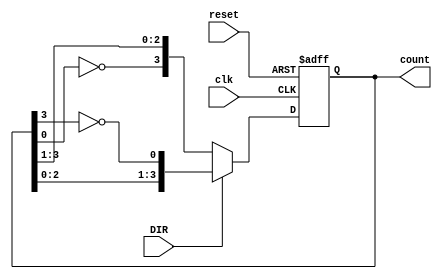
module Bidirectional_Johnson_Counter #(
    parameter N = 4 // Number of flip-flops
)(
    input wire clk,          // Clock signal
    input wire reset,        // Reset signal
    input wire DIR,          // Counting direction (1 for up, 0 for down)
    output reg [N-1:0] count // Current counter value
);

// Internal signal to hold the inverted last flip-flop output
reg last_ff_inv;

// Asynchronous reset
always @(posedge clk or posedge reset) begin
    if (reset) begin
        count <= 0; // Initialize counter to 0
    end else begin
        if (DIR) begin
            // Up counting (Johnson Counter behavior)
            last_ff_inv = ~count[N-1];
            count <= {count[N-2:0], last_ff_inv}; // Shift left with inverted last FF
        end else begin
            // Down counting (reverse of Johnson behavior)
            last_ff_inv = ~count[0];
            count <= {last_ff_inv, count[N-1:1]}; // Shift right with inverted first FF
        end
    end
end

endmodule